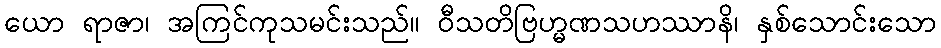
ယော ရာဇာ၊ အကြင်ကုသမင်းသည်။ ဝီသတိဗြဟ္မဏသဟဿာနိ၊ နှစ်သောင်းသော